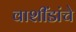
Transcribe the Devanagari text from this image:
वाशींडांचे